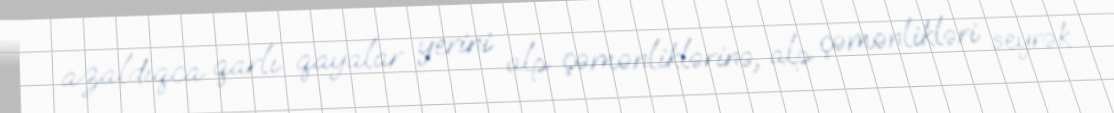
azaldıqca qarlı qayalar yerini alp çəmənliklərinə, alp çəmənlikləri seyrək